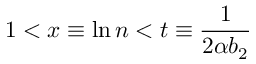
1 < x \equiv \ln n < t \equiv { \frac { 1 } { 2 \alpha b _ { 2 } } }